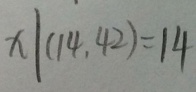
x \vert ( 1 4 , 4 2 ) = 1 4